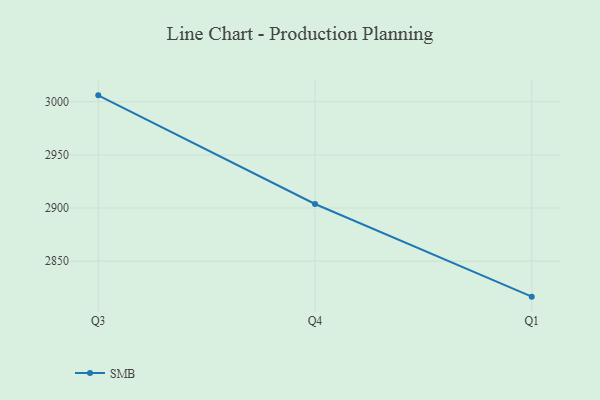
{"axis": {"x": "Quarter", "y": "Tickets Resolved"}, "legend": ["SMB"], "data": [{"x": "Q3", "y": 3006.0, "type": "SMB"}, {"x": "Q4", "y": 2903.8, "type": "SMB"}, {"x": "Q1", "y": 2816.6, "type": "SMB"}]}